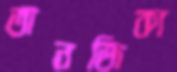
তানজিকা